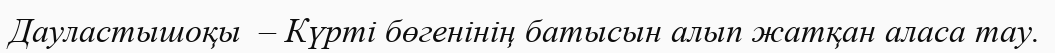
Дауластышоқы  – Күрті бөгенінің батысын алып жатқан аласа тау.